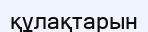
құлақтарын